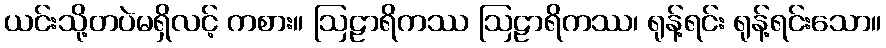
ယင်းသို့တပဲမရှိလင့် ကစား။ ဩဠာရိကဿ ဩဠာရိကဿ၊ ရုန့်ရင်း ရုန့်ရင်းသော။